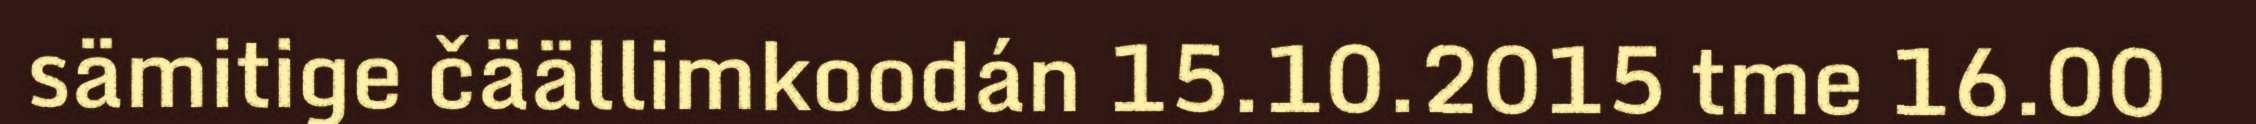
sämitige čäällimkoodán 15.10.2015 tme 16.00